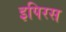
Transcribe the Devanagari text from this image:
इपिरस